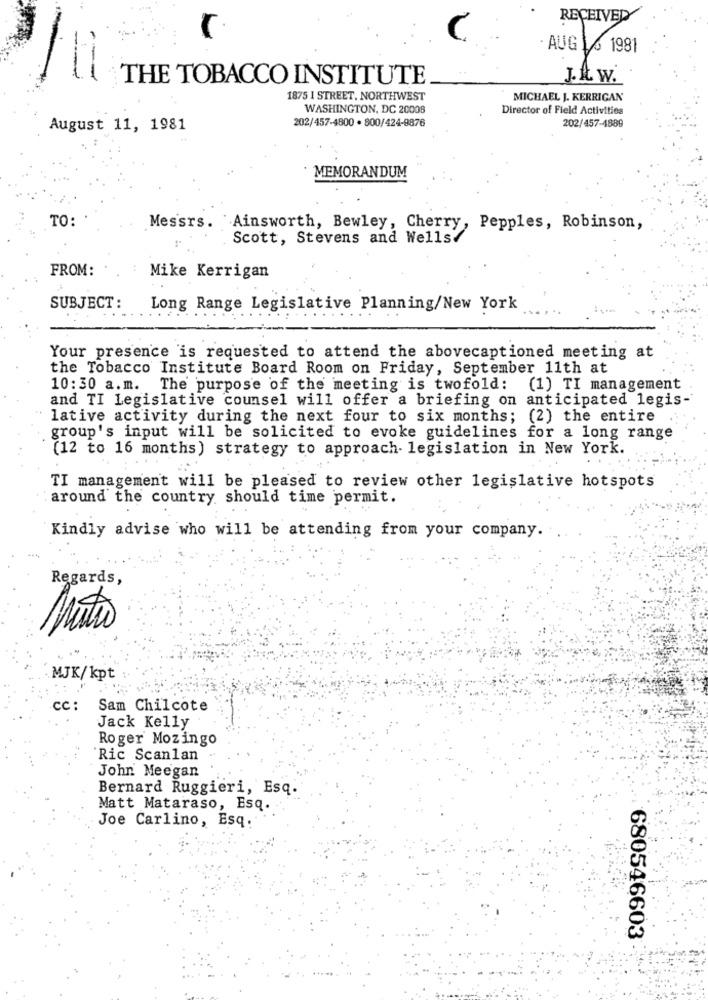
RECEIVELY
AUG 1 6 1981
ti
THE TOBACCO INSTITUTE
J. It. W.
1875 I STREET, NORTHWEST
MICHAEL J. KERRIGAN
WASHINGTON, DC 20008
Director of Field Activities
202/457-4800 . 800/424-9876
202/457-1889
August 11, 1981
MEMORANDUM
TO:
Messrs.
Ainsworth, Bewley, Cherry, Pepples, Robinson,
Scott, Stevens and Wells.
FROM:
Mike Kerrigan
SUBJECT :
Long Range Legislative Planning/New York
Your presence is requested to attend the abovecaptioned meeting at
the Tobacco Institute Board Room on Friday, September 11th at
10:30 a.m. The purpose of the meeting is twofold: (1) TI management
and TI Legislative counsel will offer a briefing on anticipated legis-
lative activity during the next four to six months; (2) the entire
group's input will be solicited to evoke guidelines for a long range
(12 to 16 months) strategy to approach- legislation in New York.
TI management will be pleased to review other legislative hotspots
around the country should time permit.
Kindly advise who will be attending from your company.
Regards,
Mutio
MJK/kpt
cc: Sam Chilcote
Jack Kelly
Roger Mozingo
'Ric Scanlan
John Meegan
Bernard Ruggieri, Esq.
Matt Mataraso, Esq.
Joe Carlino, Esq.
680546603